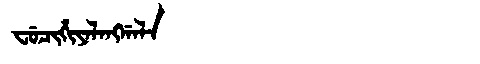
Manchu: ᠸᡠᠴᡳᡥᡳᠶᠠᠯᠠᠩᡤᠠᠯᠠ
Romanization: FUCIHIYALANGGALA